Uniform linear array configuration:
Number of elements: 12
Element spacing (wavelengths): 1
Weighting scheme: hamming
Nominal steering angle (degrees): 30
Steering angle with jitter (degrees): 29.052
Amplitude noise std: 0.05
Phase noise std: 0.05

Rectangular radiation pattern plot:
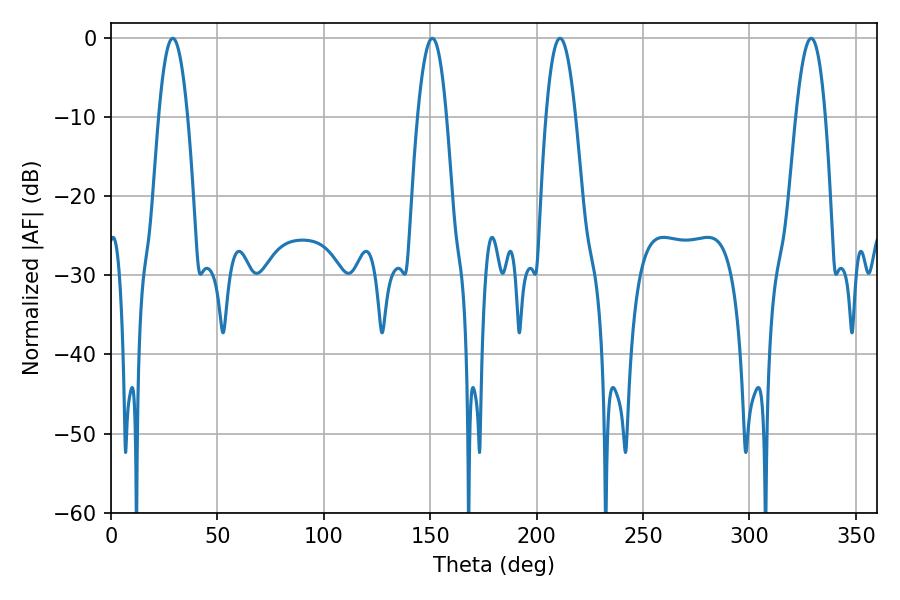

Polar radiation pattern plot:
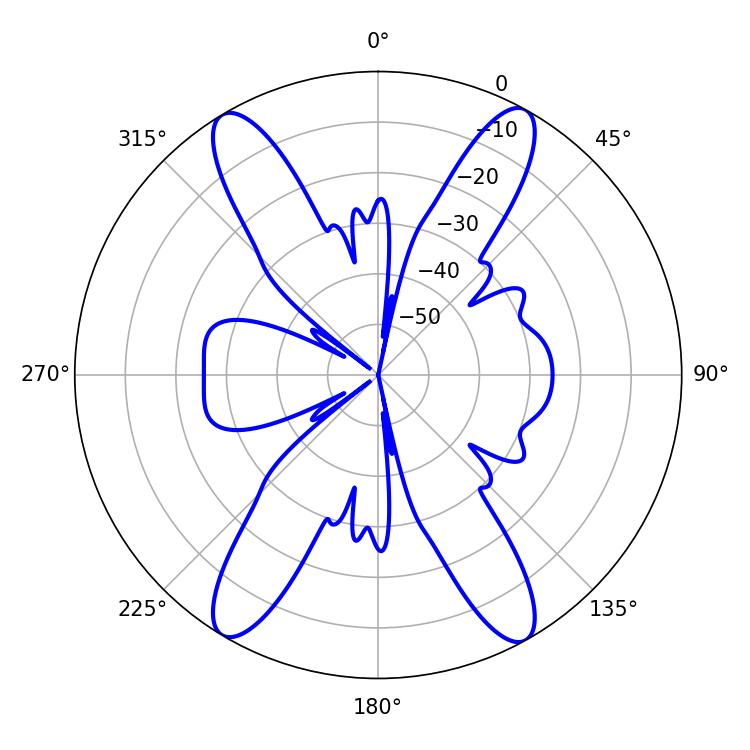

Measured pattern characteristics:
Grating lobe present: TRUE
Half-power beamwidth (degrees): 7.56
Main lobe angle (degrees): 210.96